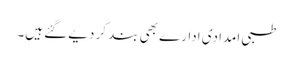
طبی امدادی ادارے بھی بند کر دیے گئے ہیں۔